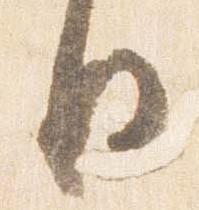
日